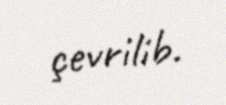
çevrilib.